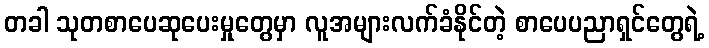
တခါ သုတစာပေဆုပေးမှုတွေမှာ လူအများလက်ခံနိုင်တဲ့ စာပေပညာရှင်တွေရဲ့